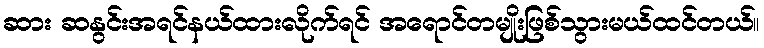
ဆား ဆနွင်းအရင်နယ်ထားလိုက်ရင် အရောင်တမျိုးဖြစ်သွားမယ်ထင်တယ်။